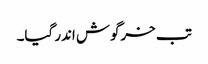
تب خرگوش اندر گیا۔